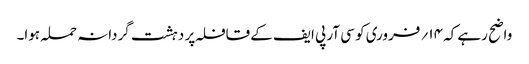
واضح رہے کہ ۱۴؍ فروری کو سی آر پی ایف کے قافلہ پر دہشت گردانہ حملہ ہوا۔